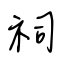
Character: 祠